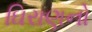
ઘિરાણનો